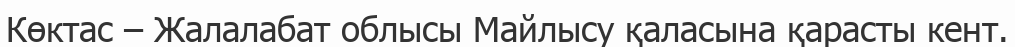
Көктас – Жалалабат облысы Майлысу қаласына қарасты кент.